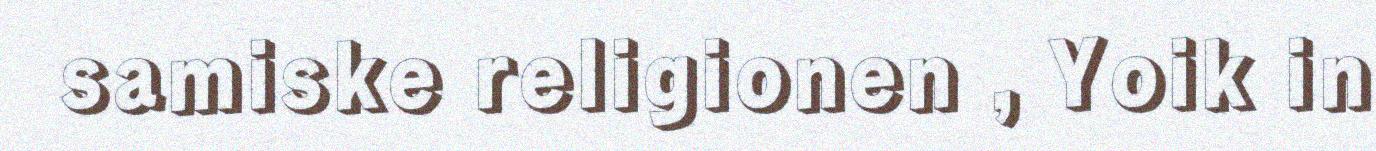
samiske religionen , Yoik in